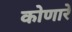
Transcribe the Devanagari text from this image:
कोणारे